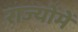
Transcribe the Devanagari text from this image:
राज्योंमें